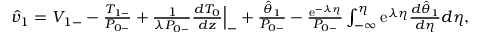
\begin{array} { r } { \hat { v } _ { 1 } = V _ { 1 - } - \frac { T _ { 1 - } } { P _ { 0 - } } + \frac { 1 } { \lambda P _ { 0 - } } \frac { d T _ { 0 } } { d z } \Big | _ { - } + \frac { \hat { \theta } _ { 1 } } { P _ { 0 - } } - \frac { \mathrm { e } ^ { - \lambda \eta } } { P _ { 0 - } } \int _ { - \infty } ^ { \eta } \mathrm { e } ^ { \lambda \eta } \frac { d \hat { \theta } _ { 1 } } { d \eta } d \eta , } \end{array}